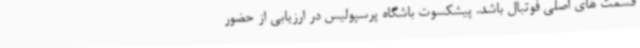
قسمت های اصلی فوتبال باشد. پیشکسوت باشگاه پرسپولیس در ارزیابی از حضور